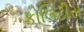
કોલિટીસ